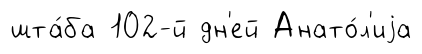
шта́ба 102-й дн'ей Анато́л'иjа